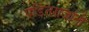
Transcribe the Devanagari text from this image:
पंडितराजांनी